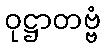
ဝုဋ္ဌာတဗ္ဗံ